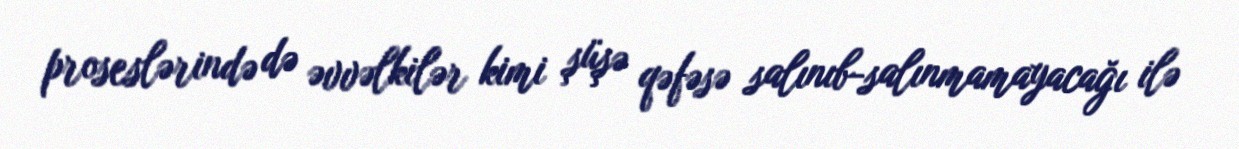
proseslərində də əvvəlkilər kimi şüşə qəfəsə salınıb-salınmamayacağı ilə